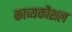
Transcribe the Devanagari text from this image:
काव्यकौशल